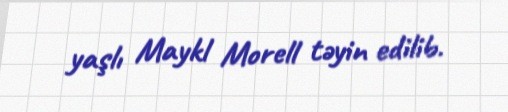
yaşlı Maykl Morell təyin edilib.